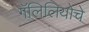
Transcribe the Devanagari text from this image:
गॅलिलियोचे